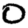
Digit: 0